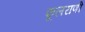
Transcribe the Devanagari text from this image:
फूलराणी